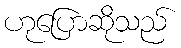
ဟုပြောဆိုသည်